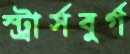
স্ট্রার্সবুর্গ